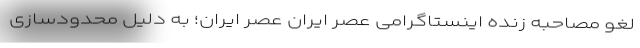
لغو مصاحبه زنده اینستاگرامی عصر ایران عصر ایران؛ به دلیل محدودسازی